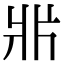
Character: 𤕰